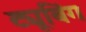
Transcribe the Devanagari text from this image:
ट्यूबिंग